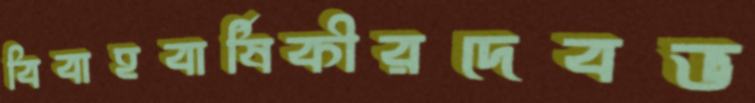
বিবাহবার্ষিকীরদেবভ